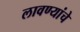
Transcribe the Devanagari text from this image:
लावण्यांचे